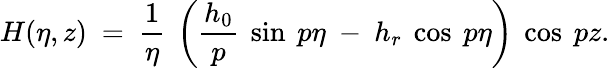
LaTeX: H(\eta,z)~=~\frac 1\eta~\left(\frac{h_{0}}p~\sin~p\eta~-~h_{r}~\cos~p\eta\right)~\cos~pz.